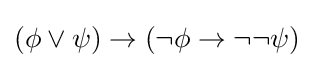
(\phi \lor \psi )\to (\neg \phi \to \neg \neg \psi )